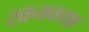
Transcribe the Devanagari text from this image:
खनक्या